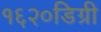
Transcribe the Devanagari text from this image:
१६२०डिग्री